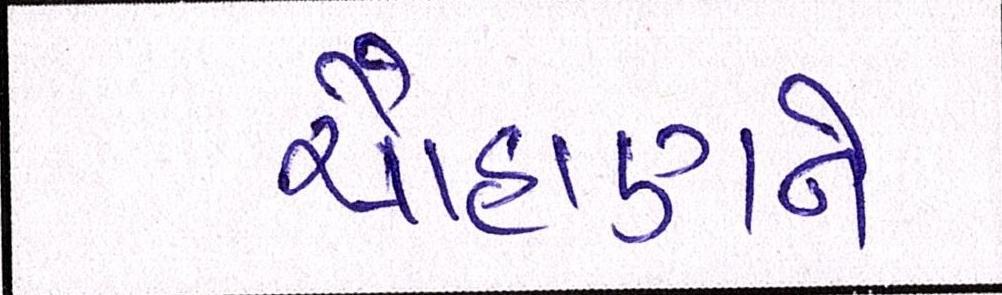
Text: ચૌહાણને